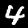
Digit: 4